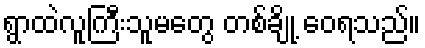
ရွာထဲလူကြီးသူမတွေ တစ်ချို့ ဝေရသည်။